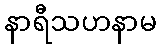
နာရီသဟနာမ